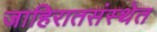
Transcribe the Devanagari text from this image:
जाहिरातसंस्थेत